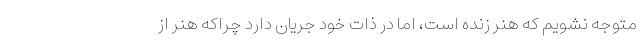
متوجه نشویم که هنر زنده است، اما در ذات خود جریان دارد چراکه هنر از